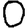
Digit: 0